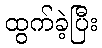
ထွက်ခဲ့ပြီး